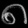
Digit: ၈